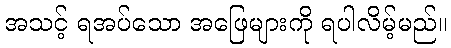
အသင့် ရအပ်သော အဖြေများကို ရပါလိမ့်မည်။